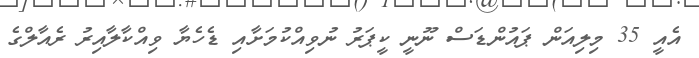
އެއީ 35 މިލިއަން ޕައުންޑަސް ނޫނީ ކީޕަރު ނުވިއްކުމަށާއި ޑެހެޔާ ވިއްކާލާއިރު ރެއާލްގެ